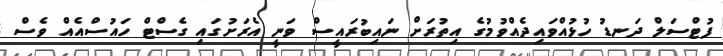
ފުޓްސަލް ދަނޑު ހުޅުއްވައިދެއްވުމުގެ އިތުރަށް ނައިބުރައީސް ވަނީ އެރަށުގައި ގެސްޓް ހައުސްއެއް ވެސް